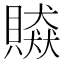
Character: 贆